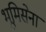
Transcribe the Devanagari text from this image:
भूमिसेना